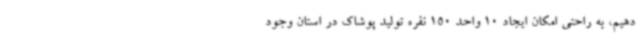
دهیم، به راحتی امکان ایجاد 10 واحد 150 نفره تولید پوشاک در استان وجود